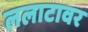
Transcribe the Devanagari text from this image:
ललाटावर